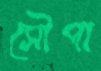
সৌপা